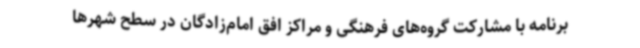
برنامه با مشارکت گروه‌های فرهنگی و مراکز افق امام‌زادگان در سطح شهرها